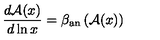
\frac { d { \cal A } ( x ) } { d \ln x } = \beta _ { \mathrm { a n } } \left( { \cal A } ( x ) \right)